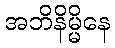
အဘိနိမ္မိနေ